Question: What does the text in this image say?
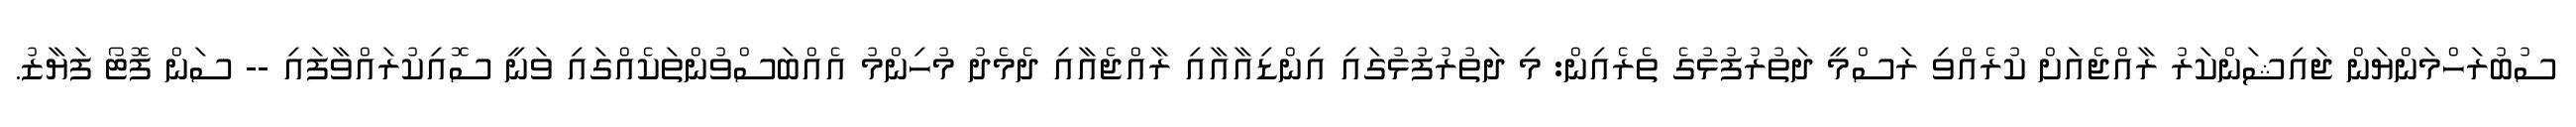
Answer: ސުބުރަހްމަންޔަން ޖައިޝަންކަރު ރާއްޖެއަށް ކުރެއްވި ރަސްމީ ދަތުރުފުޅުގެ ތެރެއިން: މި ދަތުރުފުޅުގައި އިންޑިއާއާއި ރާއްޖެއާއި ދެމެދު މުހިންމު އެއްބަސްވުންތަކެއްގައި ވަނީ ސޮއިކުރައްވާފައި -- ސަން ފޮޓޯ ފަޔާޒު.